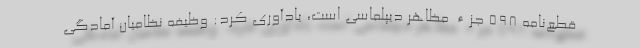
قطع‌نامه 598 جزء مظاهر دیپلماسی است، یادآوری کرد: وظیفه نظامیان آمادگی